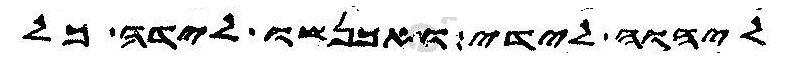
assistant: ליהוה לידי ואתכנשו לידה כל